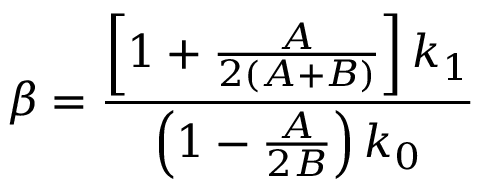
\beta = \frac { \left[ 1 + \frac { A } { 2 ( A + B ) } \right] k _ { 1 } } { \left( 1 - \frac { A } { 2 B } \right) k _ { 0 } }